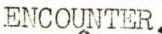
ENCOUNTER